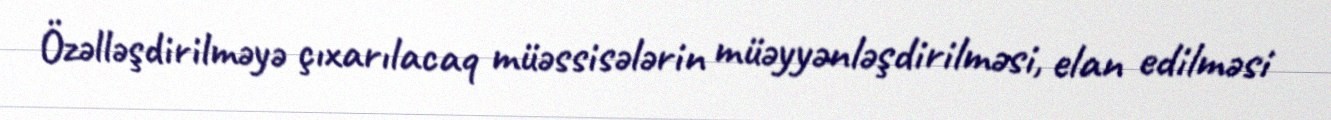
Özəlləşdirilməyə çıxarılacaq müəssisələrin müəyyənləşdirilməsi, elan edilməsi